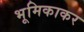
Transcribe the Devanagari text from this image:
भूमिकाकर